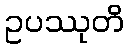
ဥပဿုတိ